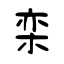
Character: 栾